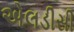
એલડીસી